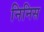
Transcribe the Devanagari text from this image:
निनिस